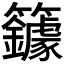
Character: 𰪥